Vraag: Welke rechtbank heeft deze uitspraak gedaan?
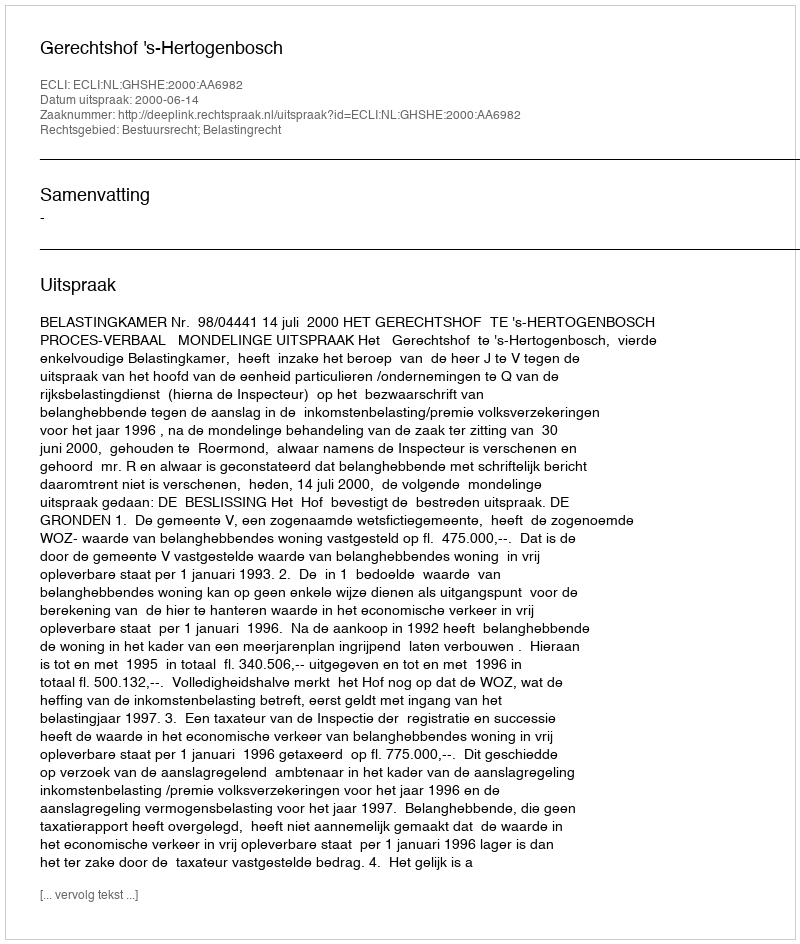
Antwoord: Gerechtshof 's-Hertogenbosch